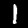
Digit: 1